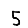
Digit: 5